Indian journal of veterinary science and animal husbandry - Volumes 24-25, 1954-1955
Year: 1954
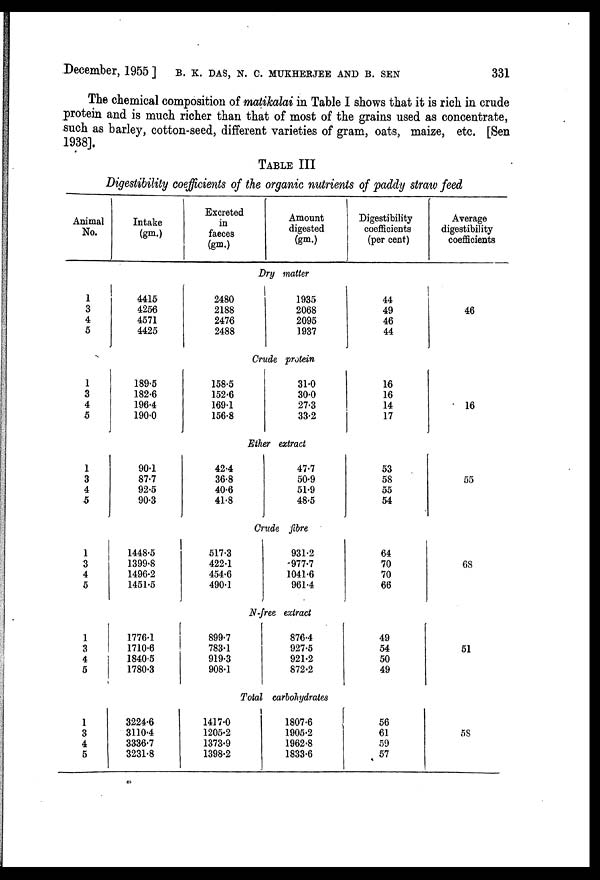
December, 1955 ] B. K. DAS, N. C. MUKHERJEE AND B. SEN 331
The chemical composition of matikalai in Table I shows that it is rich in crude
protein and is much richer than that of most of the grains used as concentrate,
such as barley, cotton-seed, different varieties of gram, oats, maize, etc. [Sen
1938].
TABLE III
Digestibility coefficients of the organic nutrients of paddy straw feed
Animal
No.
1
3
4
5
1
3
4
5
1
3
4
5
1
3
4
5
1
3
4
5
1
3
4
5
Intake
(gm.)
4415
4256
4571
4425
Excreted
in
faeces
(gm.)
Amount
digested
(gm.)
Dry matter
2480
2188
2476
2488
1935
2068
2095
1937
Digestibility
coefficients
(per cent)
44
49
46
44
Crude protein
189.5
182.6
196.4
190.0
90.1
87.7
92.5
90.3
158.5
152.6
169.1
156.8
31.0
30.0
27.3
33.2
Ether extract
42.4
36.8
40.6
41.8
47.7
50.9
51.9
48.5
16
16
14
17
53
58
55
54
Crude fibre
1448.5
1399.8
1496.2
1451.5
517.3
422.1
454.6
490.1
931.2
977.7
1041.6
961.4
64
70
70
66
N-free extract
1776.1
1710.6
1840.5
1780.3
899.7
783.1
919.3
908.1
876.4
927.5
921.2
872.2
49
54
50
49
Total carbohydrates
3224.6
3110.4
3336.7
3231.8
1417.0
1205.2
1373.9
1398.2
1807.6
1905.2
1962.8
1833.6
56
61
59
57
Average
digestibility
coefficients
46
16
55
68
51
58